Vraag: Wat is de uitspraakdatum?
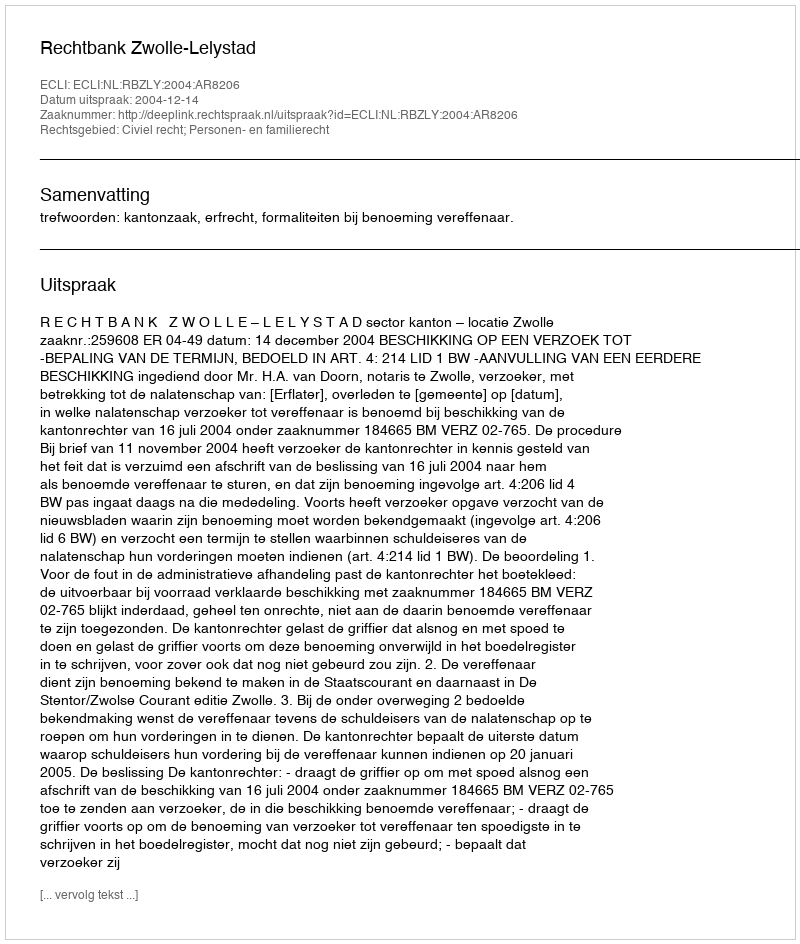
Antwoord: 2004-12-14